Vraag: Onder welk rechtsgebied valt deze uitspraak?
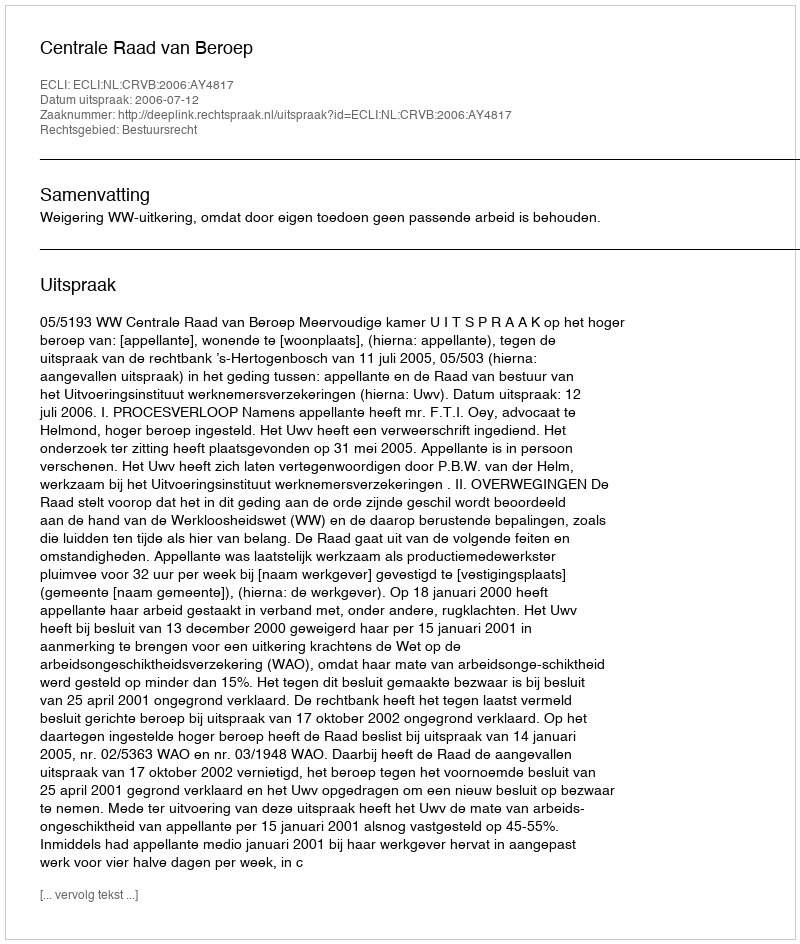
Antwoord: Bestuursrecht